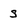
Character: s